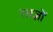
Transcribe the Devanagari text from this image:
रसज्ञों